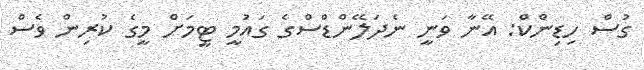
ގުސް ހިޑިންކް: އޭނާ ވަނީ ނެދަލޭންޑްސްގެ ގައުމީ ޓީމަށް މީގެ ކުރިން ވެސް